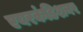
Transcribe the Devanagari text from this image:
एयरकंडिशनर